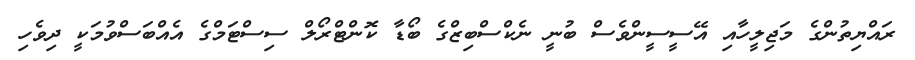
ރައްޔިތުންގެ މަޖިލީހާއި އޭސީސީންވެސް ބުނީ ނެކްސްބިޒްގެ ބޯޑާ ކޮންޓްރޯލް ސިސްޓަމްގެ އެއްބަސްވުމަކީ ދިވެހި